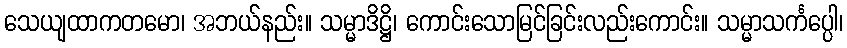
သေယျထာကတမော၊ အဘယ်နည်း။ သမ္မာဒိဋ္ဌိ၊ ကောင်းသောမြင်ခြင်းလည်းကောင်း။ သမ္မာသင်္ကပ္ပေါ၊